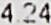
4.24